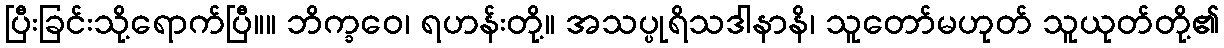
ပြီးခြင်းသို့ရောက်ပြီ။။ ဘိက္ခဝေ၊ ရဟန်းတို့။ အသပ္ပုရိသဒါနာနိ၊ သူတော်မဟုတ် သူယုတ်တို့၏